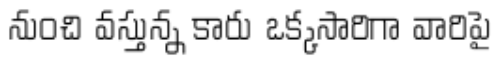
నుంచి వస్తున్న కారు ఒక్కసారిగా వారిపై